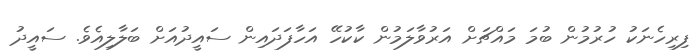
ފިރިހެނަކު ހުރުމުން ބުމަ މައްޗަށް އަރުވާލަމުން ކާކުހޭ އަހާފަދައިން ސައީދުއަށް ބަލާލިއެވެ. ސައީދު